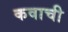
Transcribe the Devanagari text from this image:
कवाची